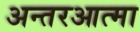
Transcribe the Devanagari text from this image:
अन्तरआत्मा